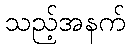
သည့်အနက်